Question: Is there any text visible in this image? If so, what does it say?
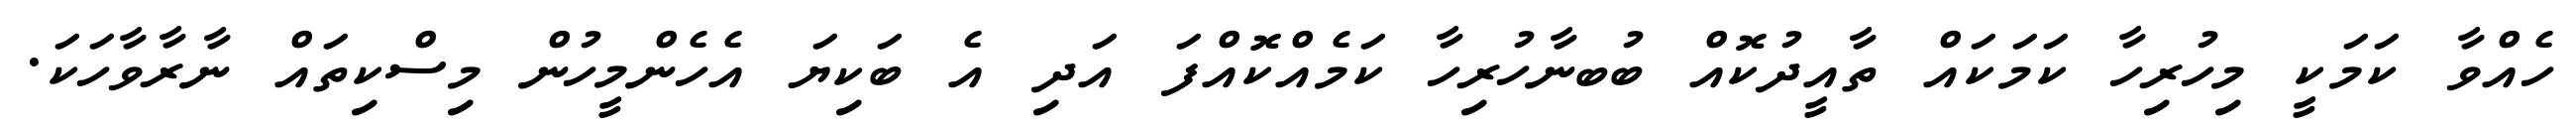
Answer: ހެއްވާ ކަމަކީ މިހުރިހާ ކަމަކައް ތާއީދުކޮއް ބުބނާހުރިހާ ކަމެއްކޮއްފަ އަދި އެ ބަކިޔަ އެހެންމީހުން މިސްކިތައް ނާރާވާހަކަ.